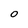
Character: O